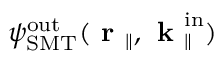
{ \psi } _ { \mathrm { S M T } } ^ { \mathrm { o u t } } ( \textbf { r } _ { \parallel } , \textbf { k } _ { \parallel } ^ { \mathrm { i n } } )